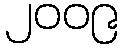
၂၀၀၉